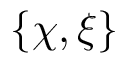
\{ \chi , \xi \}